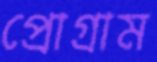
প্রোগ্রাম